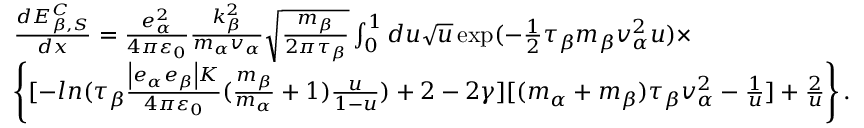
\begin{array} { r l } & { \frac { d E _ { \beta , S } ^ { C } } { d x } = \frac { e _ { \alpha } ^ { 2 } } { 4 \pi { { \varepsilon } _ { 0 } } } \frac { k _ { \beta } ^ { 2 } } { { { m } _ { \alpha } } { { v } _ { \alpha } } } \sqrt { \frac { { { m } _ { \beta } } } { 2 \pi { { \tau } _ { \beta } } } } \int _ { 0 } ^ { 1 } { d u \sqrt { u } } \exp ( - \frac { 1 } { 2 } { { \tau } _ { \beta } } { { m } _ { \beta } } v _ { \alpha } ^ { 2 } u ) \times } \\ & { \left\{ [ - l n ( { { \tau } _ { \beta } } \frac { \left| { { e } _ { \alpha } } { { e } _ { \beta } } \right| K } { 4 \pi { { \varepsilon } _ { 0 } } } ( \frac { { { m } _ { \beta } } } { { { m } _ { \alpha } } } + 1 ) \frac { u } { 1 - u } ) + 2 - 2 \gamma ] [ ( { { m } _ { \alpha } } + { { m } _ { \beta } } ) { { \tau } _ { \beta } } v _ { \alpha } ^ { 2 } - \frac { 1 } { u } ] + \frac { 2 } { u } \right\} . } \end{array}